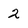
Character: 2